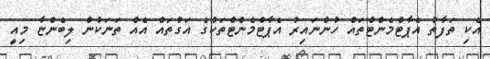
އެކި ތަފާތު އެޕާޓްމެންޓްތައް ހުންނައިރު އެޕާޓްމެންޓްތަކުގެ އަގުތައް އެއް ތަނަކުން ލިބެންޏާ މިއީ